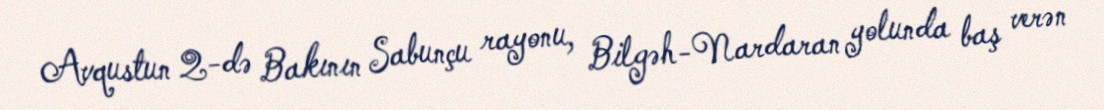
Avqustun 2-də Bakının Sabunçu rayonu, Bilgəh-Nardaran yolunda baş verən